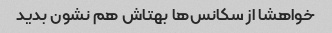
خواهشا از سکانس‌ها بهتاش هم نشون بدید